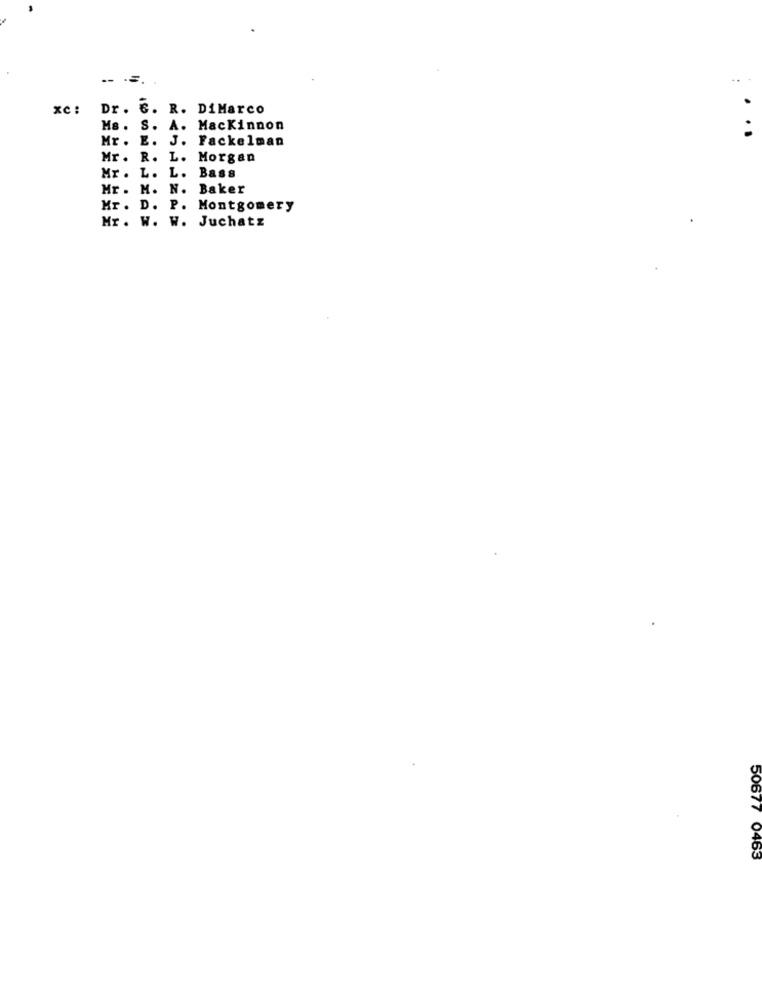
xC :
Dr. 6. R. DiMarco
Ms. S.
A. Mackinnon
Mr. E. J. Fackelman
Mr. R. L. Morgan
Mr . L. L. Bass
Mr . M. N. Baker
Mr. D. P. Montgomery
Mr. W. W. Juchatz
50677 0463